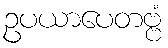
ဥပယာပေတဗ္ဗံ